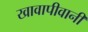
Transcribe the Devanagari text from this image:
खावापीवानी